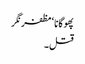
پھوگانا ‘ مظفر نگر
قتل۔